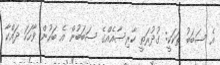
އެ ސަބަބު ތަކަކީ: ގުދުރަތީ ކާރިސާއެއްގެ ސަބަބުން އެ ބަހުން ވާހަކަ ދައްކާ